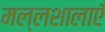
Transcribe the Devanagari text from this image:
मल्लशालाएँ